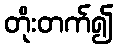
တိုးတက်၍